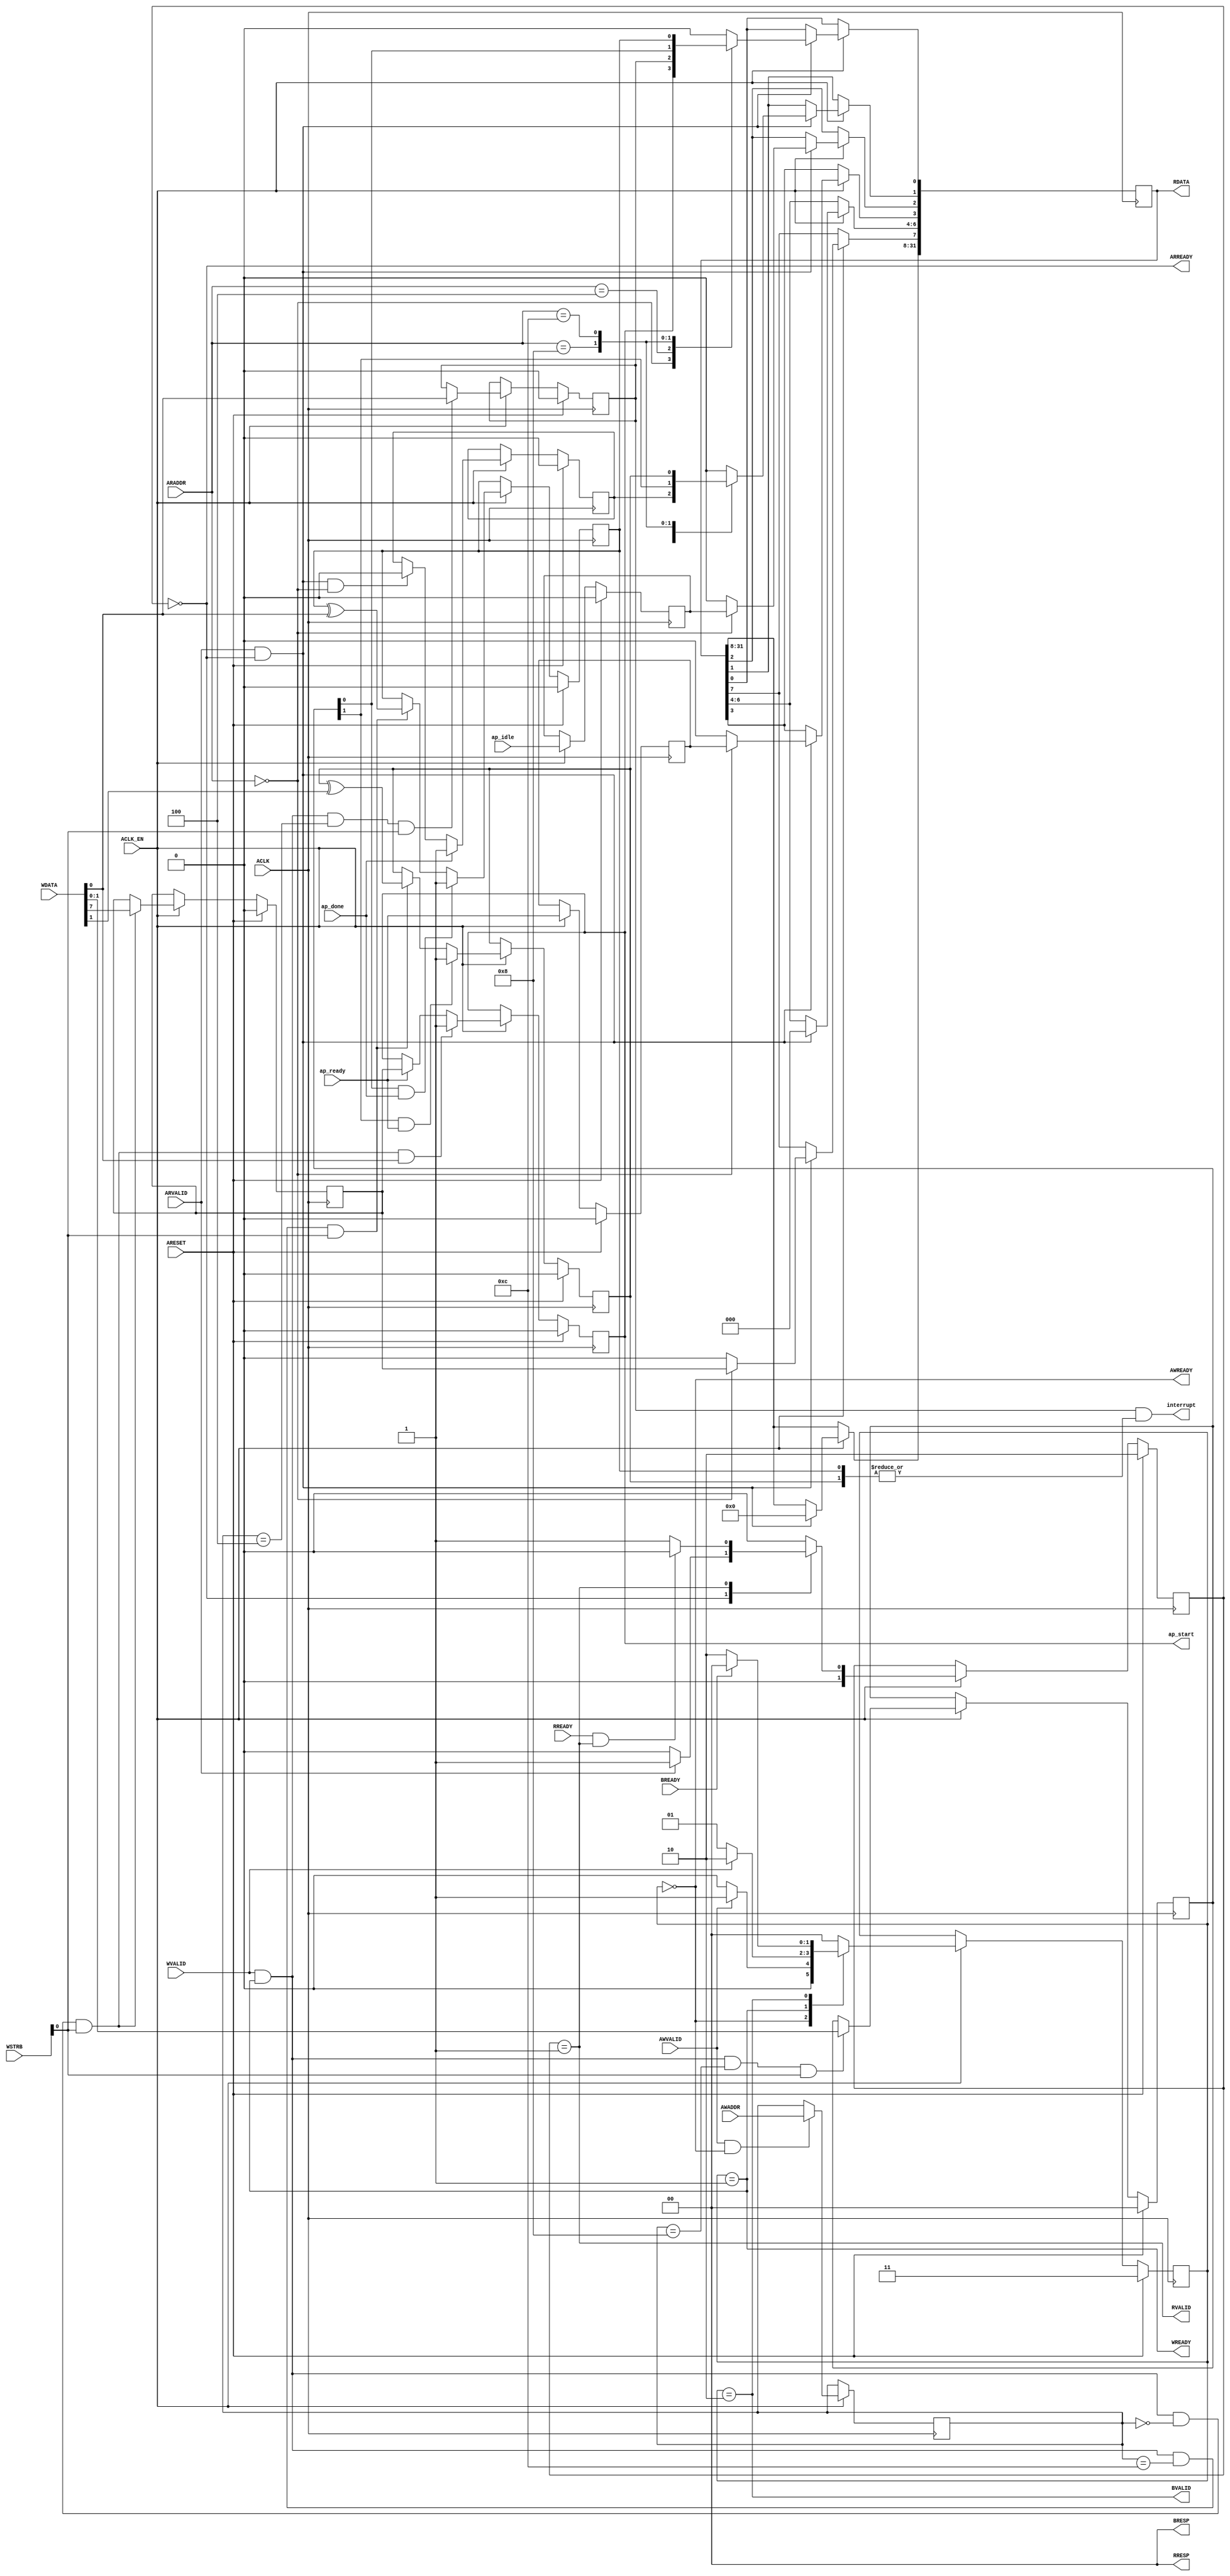
// ==============================================================
// File generated by Vivado(TM) HLS - High-Level Synthesis from C, C++ and SystemC
// Version: 2018.2
// Copyright (C) 1986-2018 Xilinx, Inc. All Rights Reserved.
// 
// ==============================================================

`timescale 1ns/1ps
module contrast_hls_rom_AXILiteS_s_axi
#(parameter
    C_S_AXI_ADDR_WIDTH = 4,
    C_S_AXI_DATA_WIDTH = 32
)(
    // axi4 lite slave signals
    input  wire                          ACLK,
    input  wire                          ARESET,
    input  wire                          ACLK_EN,
    input  wire [C_S_AXI_ADDR_WIDTH-1:0] AWADDR,
    input  wire                          AWVALID,
    output wire                          AWREADY,
    input  wire [C_S_AXI_DATA_WIDTH-1:0] WDATA,
    input  wire [C_S_AXI_DATA_WIDTH/8-1:0] WSTRB,
    input  wire                          WVALID,
    output wire                          WREADY,
    output wire [1:0]                    BRESP,
    output wire                          BVALID,
    input  wire                          BREADY,
    input  wire [C_S_AXI_ADDR_WIDTH-1:0] ARADDR,
    input  wire                          ARVALID,
    output wire                          ARREADY,
    output wire [C_S_AXI_DATA_WIDTH-1:0] RDATA,
    output wire [1:0]                    RRESP,
    output wire                          RVALID,
    input  wire                          RREADY,
    output wire                          interrupt,
    // user signals
    output wire                          ap_start,
    input  wire                          ap_done,
    input  wire                          ap_ready,
    input  wire                          ap_idle
);
//------------------------Address Info-------------------
// 0x0 : Control signals
//       bit 0  - ap_start (Read/Write/COH)
//       bit 1  - ap_done (Read/COR)
//       bit 2  - ap_idle (Read)
//       bit 3  - ap_ready (Read)
//       bit 7  - auto_restart (Read/Write)
//       others - reserved
// 0x4 : Global Interrupt Enable Register
//       bit 0  - Global Interrupt Enable (Read/Write)
//       others - reserved
// 0x8 : IP Interrupt Enable Register (Read/Write)
//       bit 0  - Channel 0 (ap_done)
//       bit 1  - Channel 1 (ap_ready)
//       others - reserved
// 0xc : IP Interrupt Status Register (Read/TOW)
//       bit 0  - Channel 0 (ap_done)
//       bit 1  - Channel 1 (ap_ready)
//       others - reserved
// (SC = Self Clear, COR = Clear on Read, TOW = Toggle on Write, COH = Clear on Handshake)

//------------------------Parameter----------------------
localparam
    ADDR_AP_CTRL = 4'h0,
    ADDR_GIE     = 4'h4,
    ADDR_IER     = 4'h8,
    ADDR_ISR     = 4'hc,
    WRIDLE       = 2'd0,
    WRDATA       = 2'd1,
    WRRESP       = 2'd2,
    WRRESET      = 2'd3,
    RDIDLE       = 2'd0,
    RDDATA       = 2'd1,
    RDRESET      = 2'd2,
    ADDR_BITS         = 4;

//------------------------Local signal-------------------
    reg  [1:0]                    wstate = WRRESET;
    reg  [1:0]                    wnext;
    reg  [ADDR_BITS-1:0]          waddr;
    wire [31:0]                   wmask;
    wire                          aw_hs;
    wire                          w_hs;
    reg  [1:0]                    rstate = RDRESET;
    reg  [1:0]                    rnext;
    reg  [31:0]                   rdata;
    wire                          ar_hs;
    wire [ADDR_BITS-1:0]          raddr;
    // internal registers
    reg                           int_ap_idle;
    reg                           int_ap_ready;
    reg                           int_ap_done = 1'b0;
    reg                           int_ap_start = 1'b0;
    reg                           int_auto_restart = 1'b0;
    reg                           int_gie = 1'b0;
    reg  [1:0]                    int_ier = 2'b0;
    reg  [1:0]                    int_isr = 2'b0;

//------------------------Instantiation------------------

//------------------------AXI write fsm------------------
assign AWREADY = (wstate == WRIDLE);
assign WREADY  = (wstate == WRDATA);
assign BRESP   = 2'b00;  // OKAY
assign BVALID  = (wstate == WRRESP);
assign wmask   = { {8{WSTRB[3]}}, {8{WSTRB[2]}}, {8{WSTRB[1]}}, {8{WSTRB[0]}} };
assign aw_hs   = AWVALID & AWREADY;
assign w_hs    = WVALID & WREADY;

// wstate
always @(posedge ACLK) begin
    if (ARESET)
        wstate <= WRRESET;
    else if (ACLK_EN)
        wstate <= wnext;
end

// wnext
always @(*) begin
    case (wstate)
        WRIDLE:
            if (AWVALID)
                wnext = WRDATA;
            else
                wnext = WRIDLE;
        WRDATA:
            if (WVALID)
                wnext = WRRESP;
            else
                wnext = WRDATA;
        WRRESP:
            if (BREADY)
                wnext = WRIDLE;
            else
                wnext = WRRESP;
        default:
            wnext = WRIDLE;
    endcase
end

// waddr
always @(posedge ACLK) begin
    if (ACLK_EN) begin
        if (aw_hs)
            waddr <= AWADDR[ADDR_BITS-1:0];
    end
end

//------------------------AXI read fsm-------------------
assign ARREADY = (rstate == RDIDLE);
assign RDATA   = rdata;
assign RRESP   = 2'b00;  // OKAY
assign RVALID  = (rstate == RDDATA);
assign ar_hs   = ARVALID & ARREADY;
assign raddr   = ARADDR[ADDR_BITS-1:0];

// rstate
always @(posedge ACLK) begin
    if (ARESET)
        rstate <= RDRESET;
    else if (ACLK_EN)
        rstate <= rnext;
end

// rnext
always @(*) begin
    case (rstate)
        RDIDLE:
            if (ARVALID)
                rnext = RDDATA;
            else
                rnext = RDIDLE;
        RDDATA:
            if (RREADY & RVALID)
                rnext = RDIDLE;
            else
                rnext = RDDATA;
        default:
            rnext = RDIDLE;
    endcase
end

// rdata
always @(posedge ACLK) begin
    if (ACLK_EN) begin
        if (ar_hs) begin
            rdata <= 1'b0;
            case (raddr)
                ADDR_AP_CTRL: begin
                    rdata[0] <= int_ap_start;
                    rdata[1] <= int_ap_done;
                    rdata[2] <= int_ap_idle;
                    rdata[3] <= int_ap_ready;
                    rdata[7] <= int_auto_restart;
                end
                ADDR_GIE: begin
                    rdata <= int_gie;
                end
                ADDR_IER: begin
                    rdata <= int_ier;
                end
                ADDR_ISR: begin
                    rdata <= int_isr;
                end
            endcase
        end
    end
end


//------------------------Register logic-----------------
assign interrupt = int_gie & (|int_isr);
assign ap_start  = int_ap_start;
// int_ap_start
always @(posedge ACLK) begin
    if (ARESET)
        int_ap_start <= 1'b0;
    else if (ACLK_EN) begin
        if (w_hs && waddr == ADDR_AP_CTRL && WSTRB[0] && WDATA[0])
            int_ap_start <= 1'b1;
        else if (ap_ready)
            int_ap_start <= int_auto_restart; // clear on handshake/auto restart
    end
end

// int_ap_done
always @(posedge ACLK) begin
    if (ARESET)
        int_ap_done <= 1'b0;
    else if (ACLK_EN) begin
        if (ap_done)
            int_ap_done <= 1'b1;
        else if (ar_hs && raddr == ADDR_AP_CTRL)
            int_ap_done <= 1'b0; // clear on read
    end
end

// int_ap_idle
always @(posedge ACLK) begin
    if (ARESET)
        int_ap_idle <= 1'b0;
    else if (ACLK_EN) begin
            int_ap_idle <= ap_idle;
    end
end

// int_ap_ready
always @(posedge ACLK) begin
    if (ARESET)
        int_ap_ready <= 1'b0;
    else if (ACLK_EN) begin
            int_ap_ready <= ap_ready;
    end
end

// int_auto_restart
always @(posedge ACLK) begin
    if (ARESET)
        int_auto_restart <= 1'b0;
    else if (ACLK_EN) begin
        if (w_hs && waddr == ADDR_AP_CTRL && WSTRB[0])
            int_auto_restart <=  WDATA[7];
    end
end

// int_gie
always @(posedge ACLK) begin
    if (ARESET)
        int_gie <= 1'b0;
    else if (ACLK_EN) begin
        if (w_hs && waddr == ADDR_GIE && WSTRB[0])
            int_gie <= WDATA[0];
    end
end

// int_ier
always @(posedge ACLK) begin
    if (ARESET)
        int_ier <= 1'b0;
    else if (ACLK_EN) begin
        if (w_hs && waddr == ADDR_IER && WSTRB[0])
            int_ier <= WDATA[1:0];
    end
end

// int_isr[0]
always @(posedge ACLK) begin
    if (ARESET)
        int_isr[0] <= 1'b0;
    else if (ACLK_EN) begin
        if (int_ier[0] & ap_done)
            int_isr[0] <= 1'b1;
        else if (w_hs && waddr == ADDR_ISR && WSTRB[0])
            int_isr[0] <= int_isr[0] ^ WDATA[0]; // toggle on write
    end
end

// int_isr[1]
always @(posedge ACLK) begin
    if (ARESET)
        int_isr[1] <= 1'b0;
    else if (ACLK_EN) begin
        if (int_ier[1] & ap_ready)
            int_isr[1] <= 1'b1;
        else if (w_hs && waddr == ADDR_ISR && WSTRB[0])
            int_isr[1] <= int_isr[1] ^ WDATA[1]; // toggle on write
    end
end


//------------------------Memory logic-------------------

endmodule